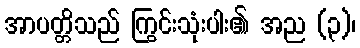
အာပတ္တိသည် ကြွင်းသုံးပါး၏ အည (၃)၊